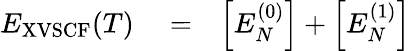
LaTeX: \begin{array}{rlr}{E_{\mathrm{XVSCF}}(T)}&{{}=}&{\Big[E_{N}^{(0)}\Big]+\Big[E_{N}^{(1)}\Big]}\end{array}